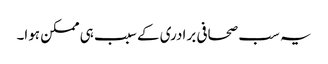
یہ سب صحافی برادری کے سبب ہی ممکن ہوا۔